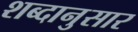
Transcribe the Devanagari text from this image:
शब्दानुसार